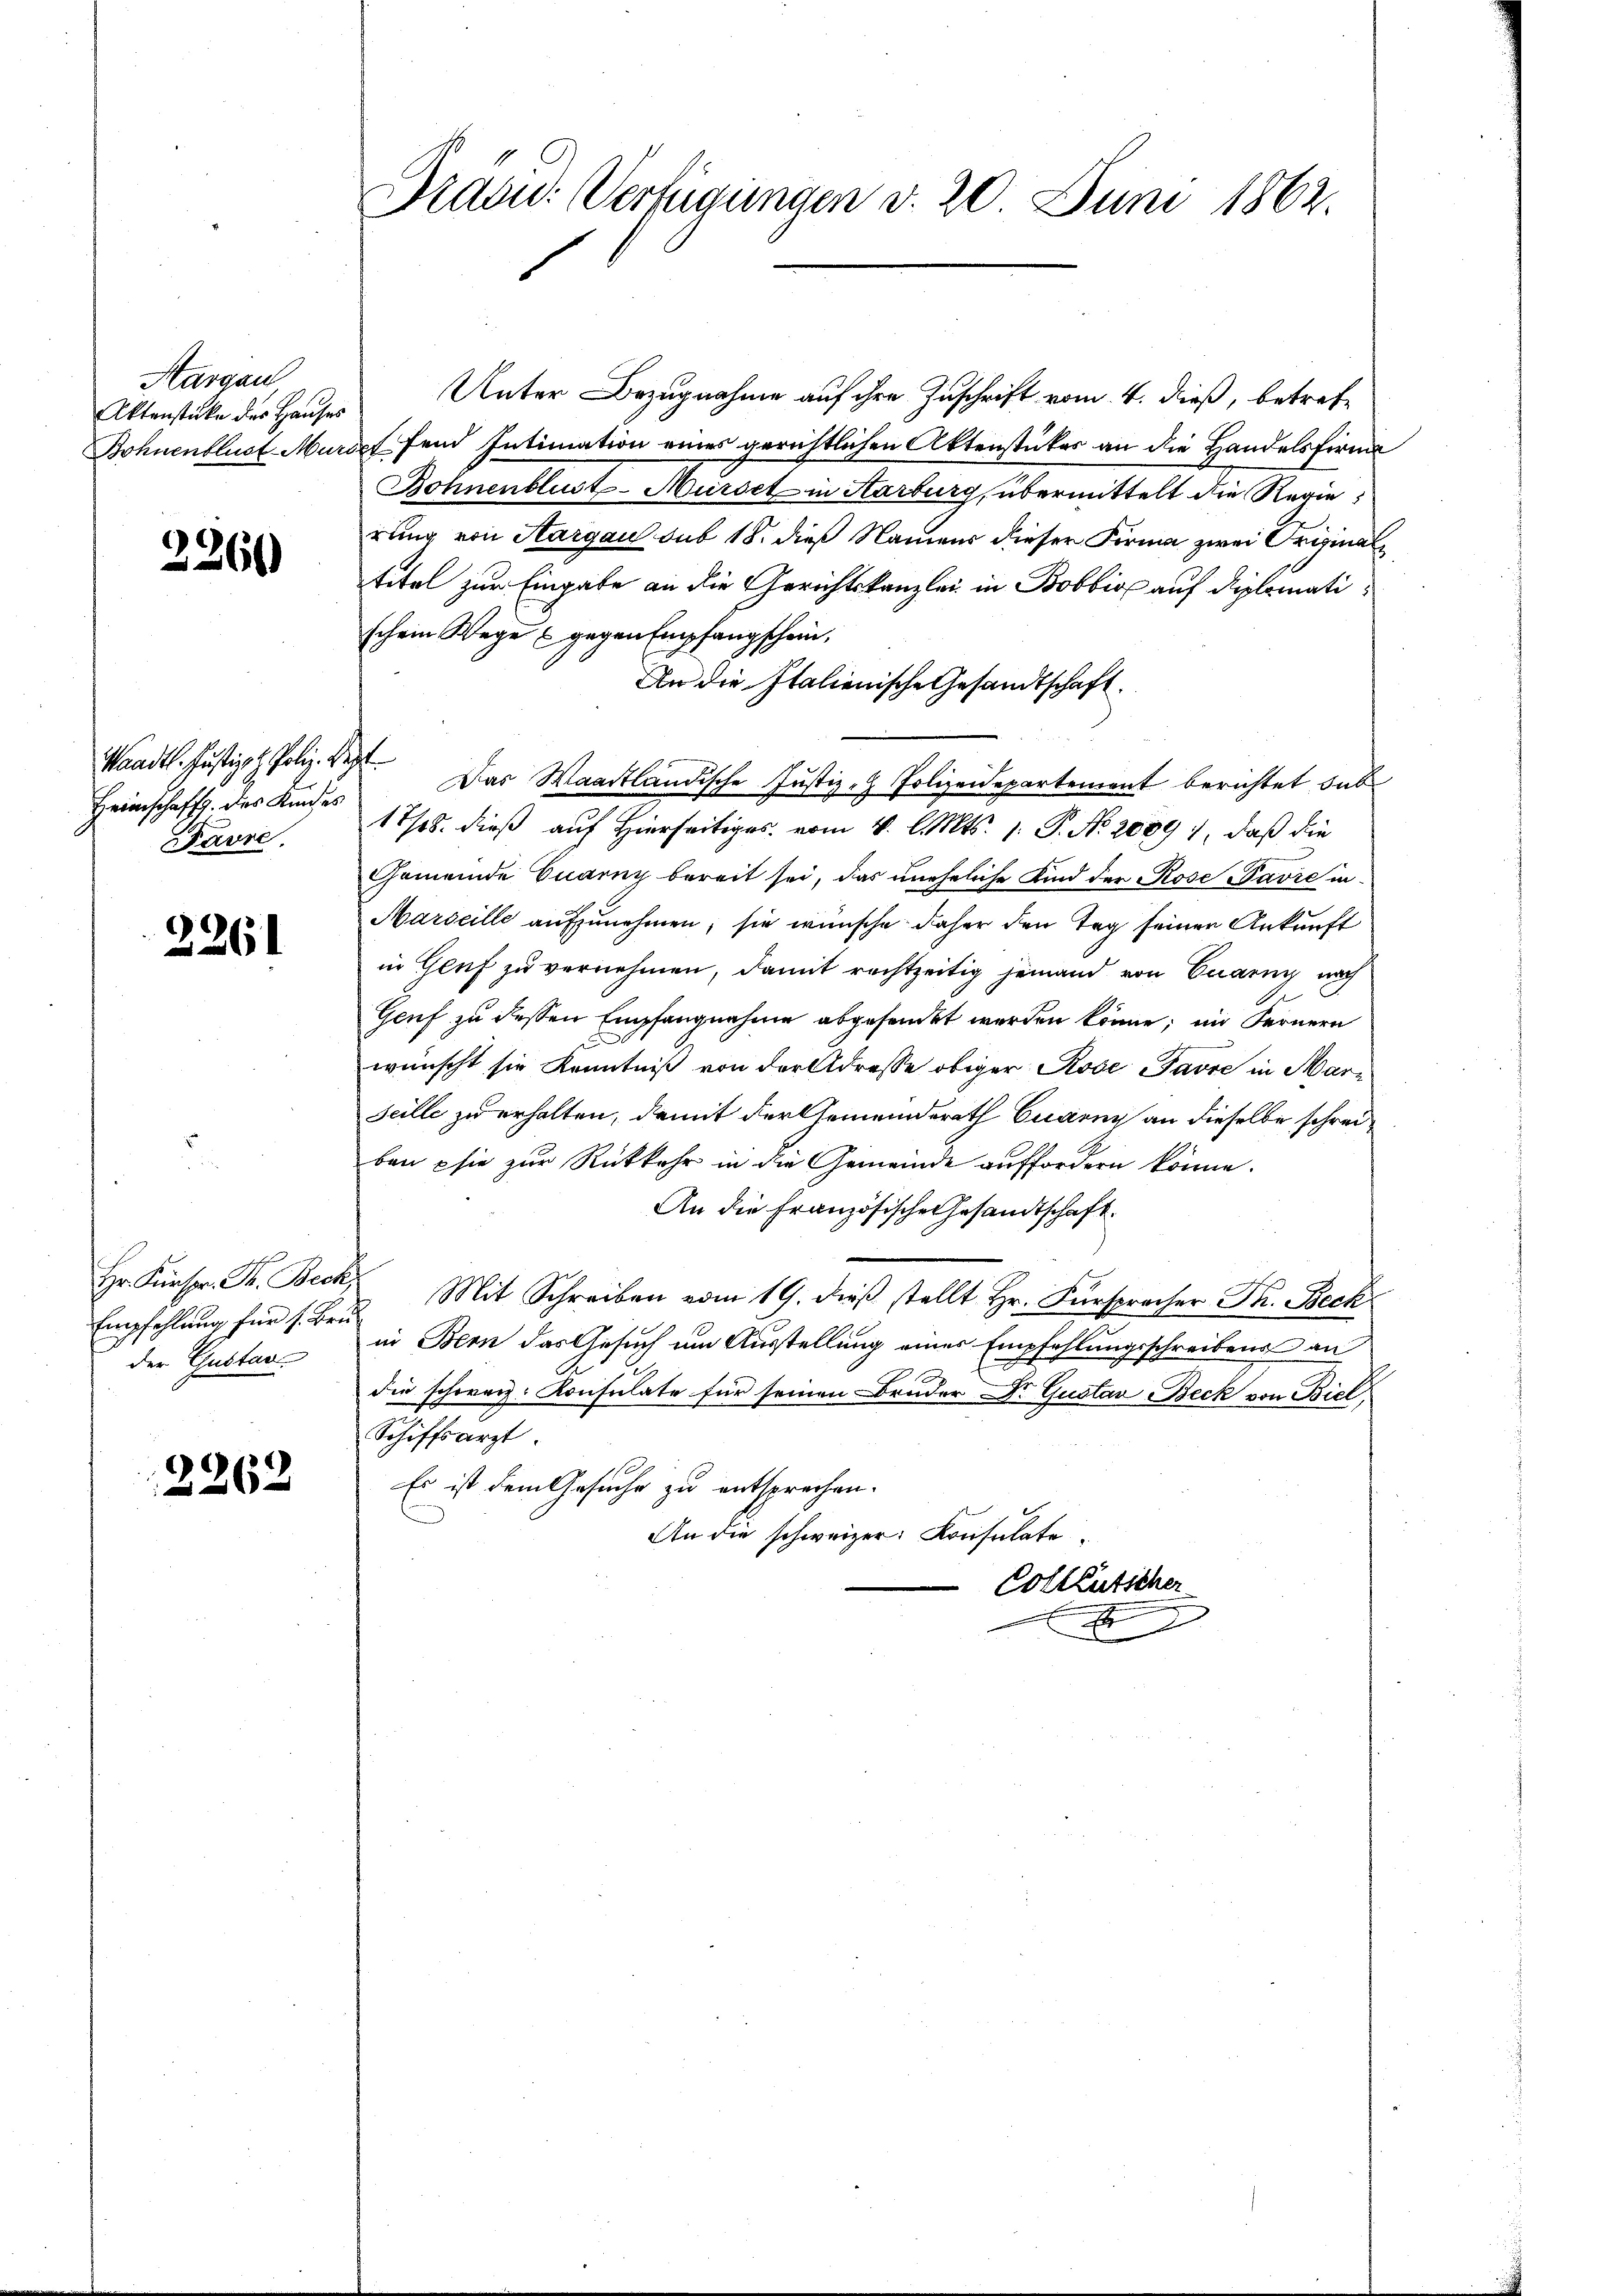
Aargau
Aktenstücke des Hauses

2360

Waadt. Justizph Poliz. Sept
Heimschafft des Kindes
Pavre,

2261

Empfehlung für s. Bru
der Gustav

2262

Dradu: Verfügungen d. 20. Juni 1862.

Unter Bezugnahme auf ihre Zuschrift vom 4. dieß, betref¬
Bohnenblust Marieffend Intimation eines gerichtlichen Aktenstückes an die Handelsfirma
Bohnenblust-Mürset in Karburg, übermittelt die Regierung von Sargau sub 18. dieß Namens dieser Firma zwei Original
titel zur Eingabe an die Gerichtskanzlei in Bobbis auf diplomatischein Wege & gegen Empfangschein,
An die Italienische Gesandtschaft.
Das Waadtländische Justiz - Polizeidepartement berichtet dab
17/18. dieß auf Hierseitiges vom 4. l. Mts. 1. P. No. 2089), daß die
Gemeinde Quarny bereit sei, das uneheliche Kind der Rose avre in¬
Marseille aufzunehmen; sie wünsche daher den Tag seinen Ankunft
in Gluf zu vernehmen, damit rechtzeitig jemand von Cuary nach
Genf zu dessen Empfangnahme abgesendet werden könne; im Fernern
wünscht sie Kenntniß von der Adresse obiger Rose Favre in Marseille zu erhalten, damit der Gemeindsrath Cuaeny an dieselbe schreiben sie zur Rückkehr in die Gemeinde auffordern könne.
An die Französische Gesandtschaft.
Hr. Fürspr. Fr. Beck. Mit Schreiben vom 19. dieβ stellt Hr. Fürspracher Fr. Beck
in Bern das Gesuch um Ausstellung einer Empfehlungsschreibens an
Ei
die schweiz. Konsulate für seinen Bruder Dr. Gustav Beck von Biel
Schiffsarzt.
Es ist dem Gesuche zu entsprechen.
An die schweizer Konsulate
Colleütscher
x